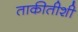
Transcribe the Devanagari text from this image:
ताकीतीशी